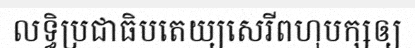
លទ្ធិប្រជាធិបតេយ្យសេរីពហុបក្សឲ្យ